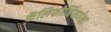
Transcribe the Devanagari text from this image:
कॅलिफोर्नियापेक्षा